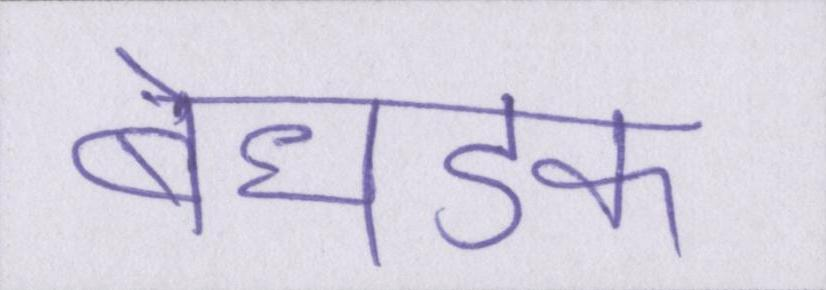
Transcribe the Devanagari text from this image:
बेधडक